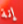
إنة